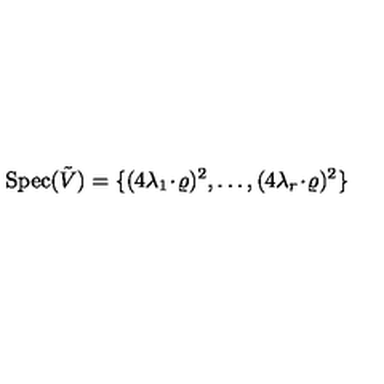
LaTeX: \mathrm { S p e c } ( \tilde { V } ) = \{ ( 4 \lambda _ { 1 } \! \cdot \! \varrho ) ^ { 2 } , \ldots , ( 4 \lambda _ { r } \! \cdot \! \varrho ) ^ { 2 } \}